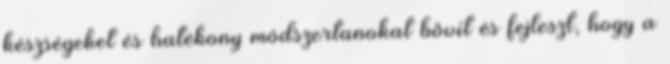
készségeket és hatékony módszertanokat bővít és fejleszt, hogy a